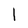
Character: 1